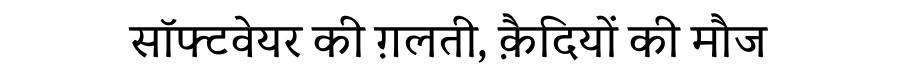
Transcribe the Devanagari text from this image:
सॉफ्टवेयर की ग़लती, क़ैदियों की मौज